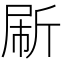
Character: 𰕟